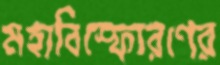
মহাবিস্ফোরণের